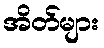
အိတ်များ